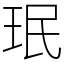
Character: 珉